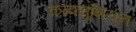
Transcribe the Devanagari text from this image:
कन्फ्युशियन